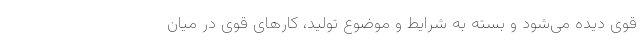
قوی دیده می‌شود و بسته به شرایط و موضوع تولید، کارهای قوی در میان